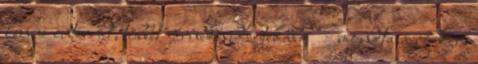
lenne internet, többet járnék videotékába" - mondta a rocker.